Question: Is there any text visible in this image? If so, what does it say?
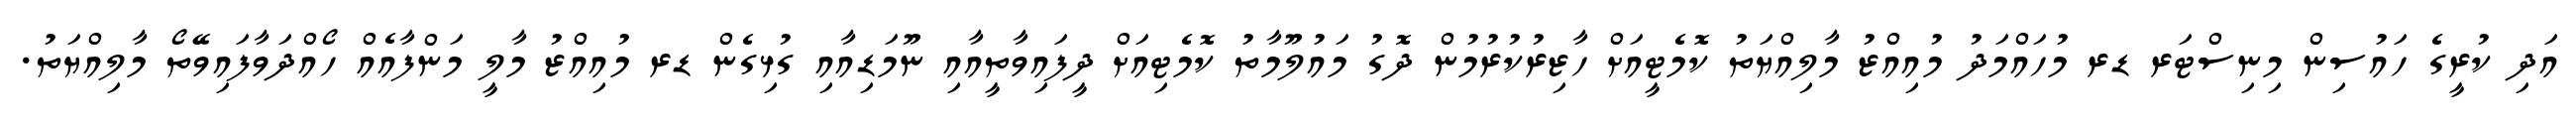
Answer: އަދި ކުރީގެ ހައުސިން މިނިސްޓަރ ޑރ މުހައްމަދު މުއިއްޒު މާލިއްޔަތު ކޮމެޓީއަށް ހާޒިރުކުރުމުން ދޮގު މައުލޫމާތު ކޮމެޓިއަށް ދީފައިވާތީއާއި ނޫމަޑިއާއި ގުޅިގެން ޑރ މުއިއްޒު މާލީ މަންފާއެއް ހޯއްދަވާފައިވޭތޯ މާލިއްޔަތު.